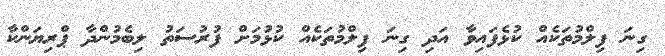
ގިނަ ފިލްމުތަކެއް ކުޅެފައިވާ އަދި ގިނަ ފިލްމުތަކެއް ކުޅުމަށް ފުރުސަތު ލިބެމުންދާ ޕްރިޔަންކާ